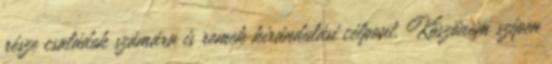
része családok számára is remek kirándulási célpont. Köszönöm szépen